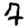
Digit: 7